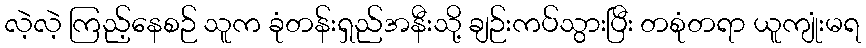
လဲ့လဲ့ ကြည့်နေစဉ် သူက ခုံတန်းရှည်အနီးသို့ ချဉ်းကပ်သွားပြီး တစုံတရာ ယူကျုံးမရ